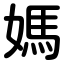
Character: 媽